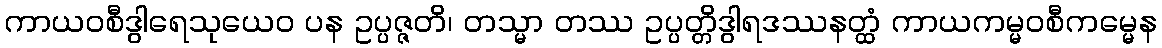
ကာယဝစီဒွါရေသုယေဝ ပန ဥပ္ပဇ္ဇတိ၊ တသ္မာ တဿ ဥပ္ပတ္တိဒွါရဒဿနတ္ထံ ကာယကမ္မဝစီကမ္မေန